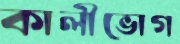
কালীভোগ